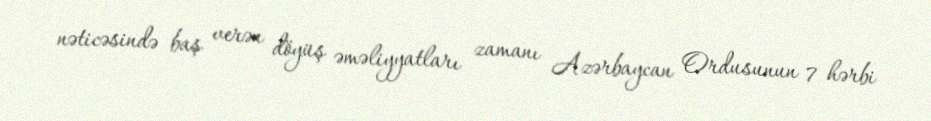
nəticəsində baş verən döyüş əməliyyatları zamanı Azərbaycan Ordusunun 7 hərbi